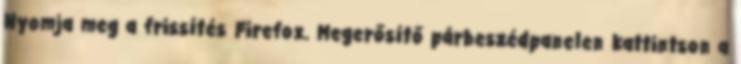
Nyomja meg a frissítés Firefox. Megerősítő párbeszédpanelen kattintson a